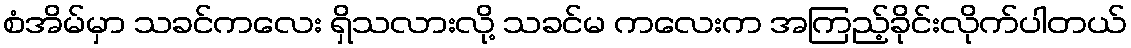
စံအိမ်မှာ သခင်ကလေး ရှိသလားလို့ သခင်မ ကလေးက အကြည့်ခိုင်းလိုက်ပါတယ်